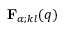
{ \mathbf { F } } _ { \alpha ; k l } ( q )